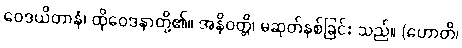
ဝေဒယိတာနံ၊ ထိုဝေဒနာတို့၏။ အနိဝတ္တိ၊ မဆုတ်နစ်ခြင်း သည်။ (ဟောတိ၊